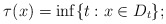
\begin{align*}\tau(x)=\inf\{t:x\in D_t\};\end{align*}